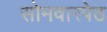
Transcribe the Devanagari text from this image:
सोमवारपेठ